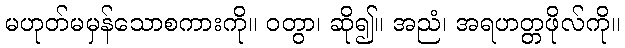
မဟုတ်မမှန်သောစကားကို။ ဝတွာ၊ ဆို၍။ အညံ၊ အရဟတ္တဖိုလ်ကို။